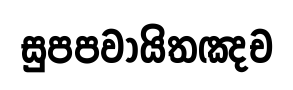
සුපපවායිතඤච